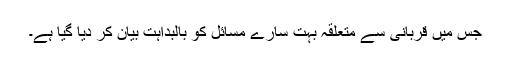
جس میں قربانی سے متعلقہ بہت سارے مسائل کو بالبداہت بیان کر دیا گیا ہے۔